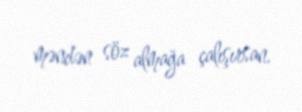
məndən söz almağa çalışırsan.